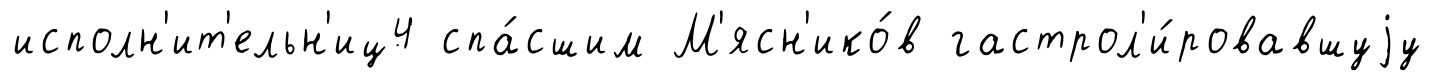
исполн'ит'ельн'иц4 спа́сшим М'ясн'ико́в гастрол'и́ровавшуjу